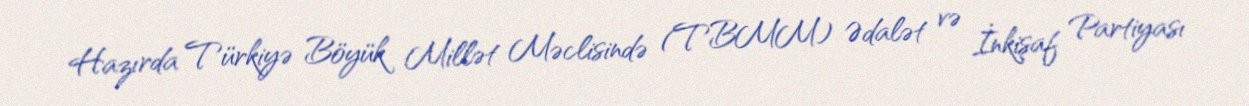
Hazırda Türkiyə Böyük Millət Məclisində (TBMM) Ədalət və İnkişaf Partiyası